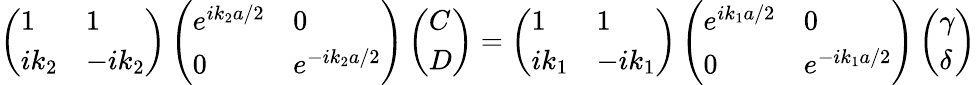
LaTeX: \left(\begin{array}{ll}{1}&{1}\\ {ik_{2}}&{-ik_{2}}\end{array}\right)\left(\begin{array}{ll}{e^{ik_{2}a/2}}&{0}\\ {0}&{e^{-ik_{2}a/2}}\end{array}\right)\left(\begin{array}{l}{C}\\ {D}\end{array}\right)=\left(\begin{array}{ll}{1}&{1}\\ {ik_{1}}&{-ik_{1}}\end{array}\right)\left(\begin{array}{ll}{e^{ik_{1}a/2}}&{0}\\ {0}&{e^{-ik_{1}a/2}}\end{array}\right)\left(\begin{array}{l}{\gamma}\\ {\delta}\end{array}\right)